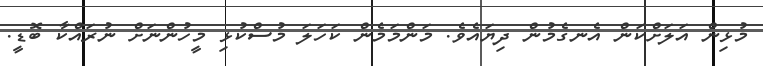
މުޅިން އަލަށްކަން އެނގެމުން ދިޔައެވެ. މަންމަމެން ކަހަލަ މުސްކުޅި މީހުންނަށް ނުރައްކާ ބޮޑީ.